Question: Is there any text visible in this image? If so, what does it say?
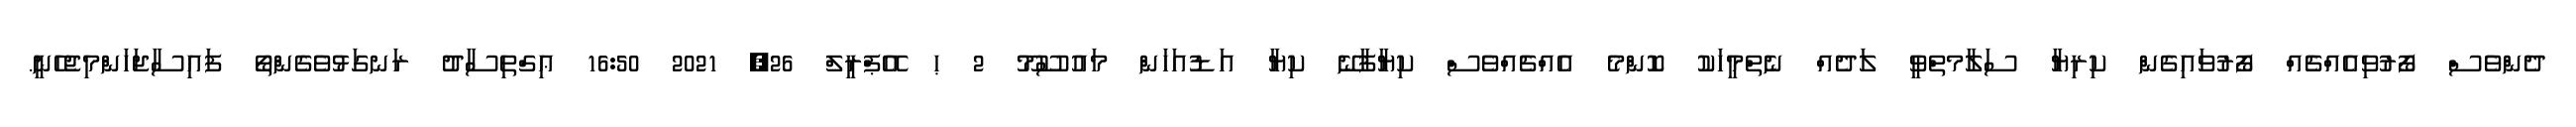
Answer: ދެންވެސް ފޯރުވިއެއްޗެއް ފޯރުވައިގެން ކިރިޔާ ސަލާމތްވީ ލަދެއް ނެތްމީހަކު ކޮންމެ އެއްޗެއްވެސް ކިޔާފާނޭ ކިޔާ އަޑުއަހަން މައުސޫމޫ 2 ޙ އޭޕްރީލް 26, 2021 16:50 ޢިގްތިސާދު ރަނގަޅުވެގެންތޯ ފައިސާޖަހަންމިޖެހެނީ.